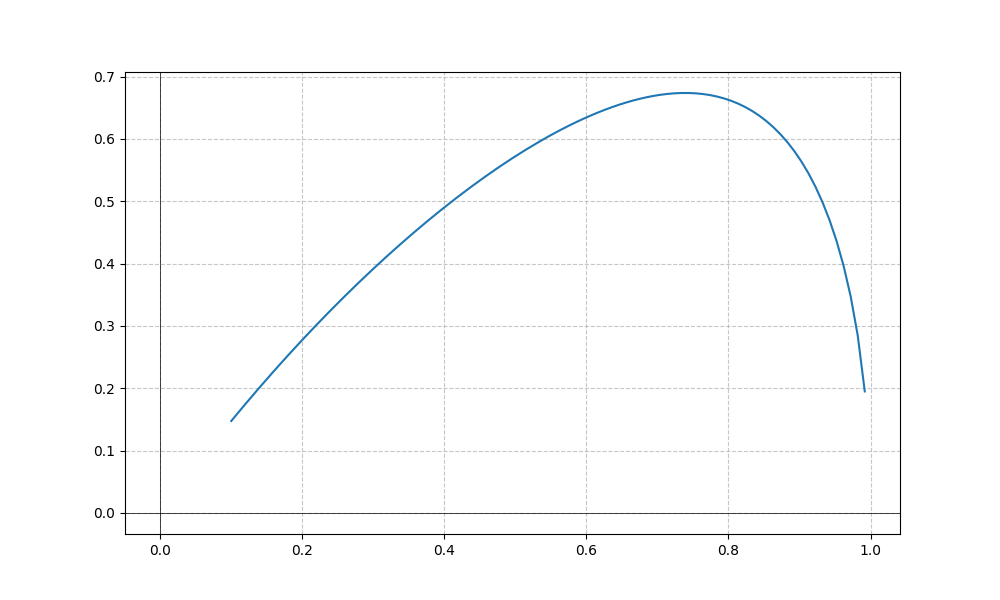
LaTeX formula: \tan{\left(x \right)} \operatorname{acos}{\left(x \right)}